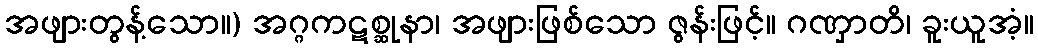
အဖျားတွန့်သော။) အဂ္ဂကဋစ္ဆုနာ၊ အဖျားဖြစ်သော ဇွန်းဖြင့်။ ဂဏှာတိ၊ ခူးယူအံ့။